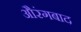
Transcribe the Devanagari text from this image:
औरंगबाद